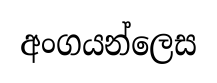
අංගයන්ලෙස